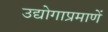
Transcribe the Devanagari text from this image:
उद्योगाप्रमाणें